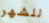
للشهر